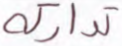
تداركه